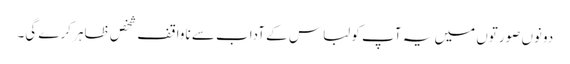
دونوں صورتوں میں یہ آپ کو لباس کے آداب سے ناواقف شخص ظاہر کرے گی۔